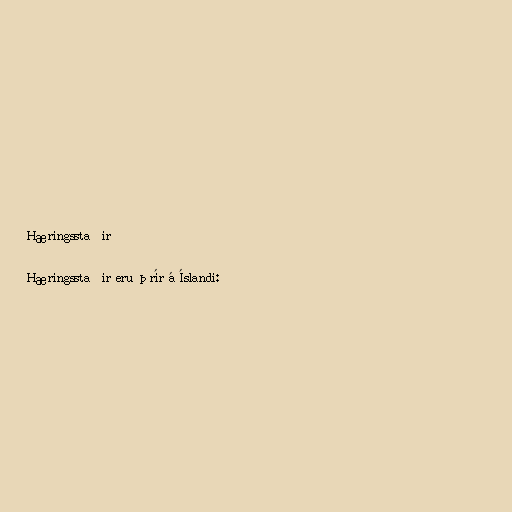
Hæringsstaðir

Hæringsstaðir eru þrír á Íslandi: